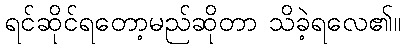
ရင်ဆိုင်ရတော့မည်ဆိုတာ သိခဲ့ရလေ၏။